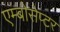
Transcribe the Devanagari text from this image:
एम्बोसेप्टर